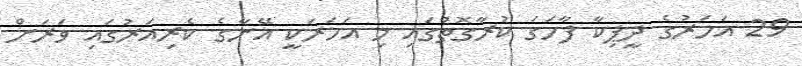
29 އަހަރުގެ ދީޕިކާ ފާހަގަަ ކުރާގޮތުގައި މި އަހަރަކީ އޭނާގެ ކެރިއަރުގައި ވަރަށް